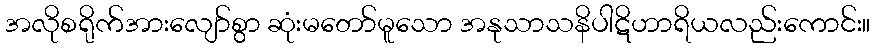
အလိုစရိုက်အားလျော်စွာ ဆုံးမတော်မူသော အနုသာသနိပါဋိဟာရိယလည်းကောင်း။